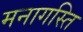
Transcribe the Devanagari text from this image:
मनागस्ति